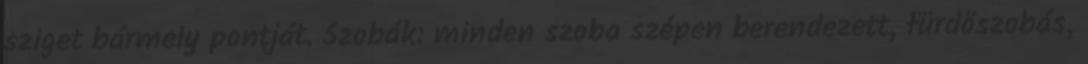
sziget bármely pontját. Szobák: minden szoba szépen berendezett, fürdőszobás,